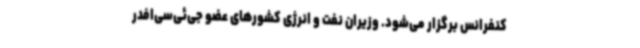
کنفرانس برگزار می‌شود. وزیران نفت و انرژی کشورهای عضو جی‌ئی‌سی‌افدر